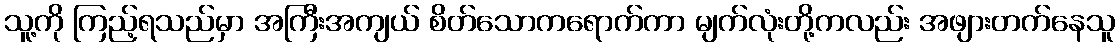
သူ့ကို ကြည့်ရသည်မှာ အကြီးအကျယ် စိတ်သောကရောက်ကာ မျက်လုံးတို့ကလည်း အဖျားတက်နေသူ